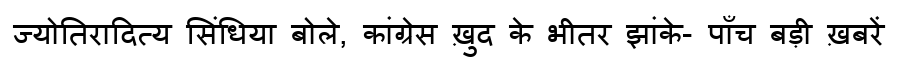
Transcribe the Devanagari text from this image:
ज्योतिरादित्य सिंधिया बोले, कांग्रेस ख़ुद के भीतर झांके- पाँच बड़ी ख़बरें